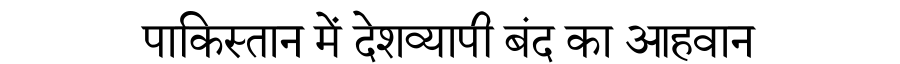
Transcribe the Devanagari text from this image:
पाकिस्तान में देशव्यापी बंद का आहवान